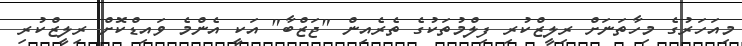
މިއަހަރުގެ މިހާތަނަށް ރިލީޒްކުރި ފިލްމުތަކުގެ ތެރެއިން "ޖަޒްބާ" އަކީ އެންމެ ވައިޑްކޮށް ރިލީޒްކުރި